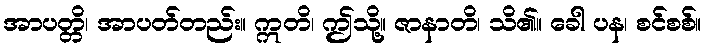
အာပတ္တိ၊ အာပတ်တည်း။ ဣတိ၊ ဤသို့။ ဇာနာတိ၊ သိ၏။ ခေါ ပန၊ စင်စစ်။